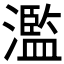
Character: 濫